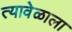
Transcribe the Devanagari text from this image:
त्यावेळाला